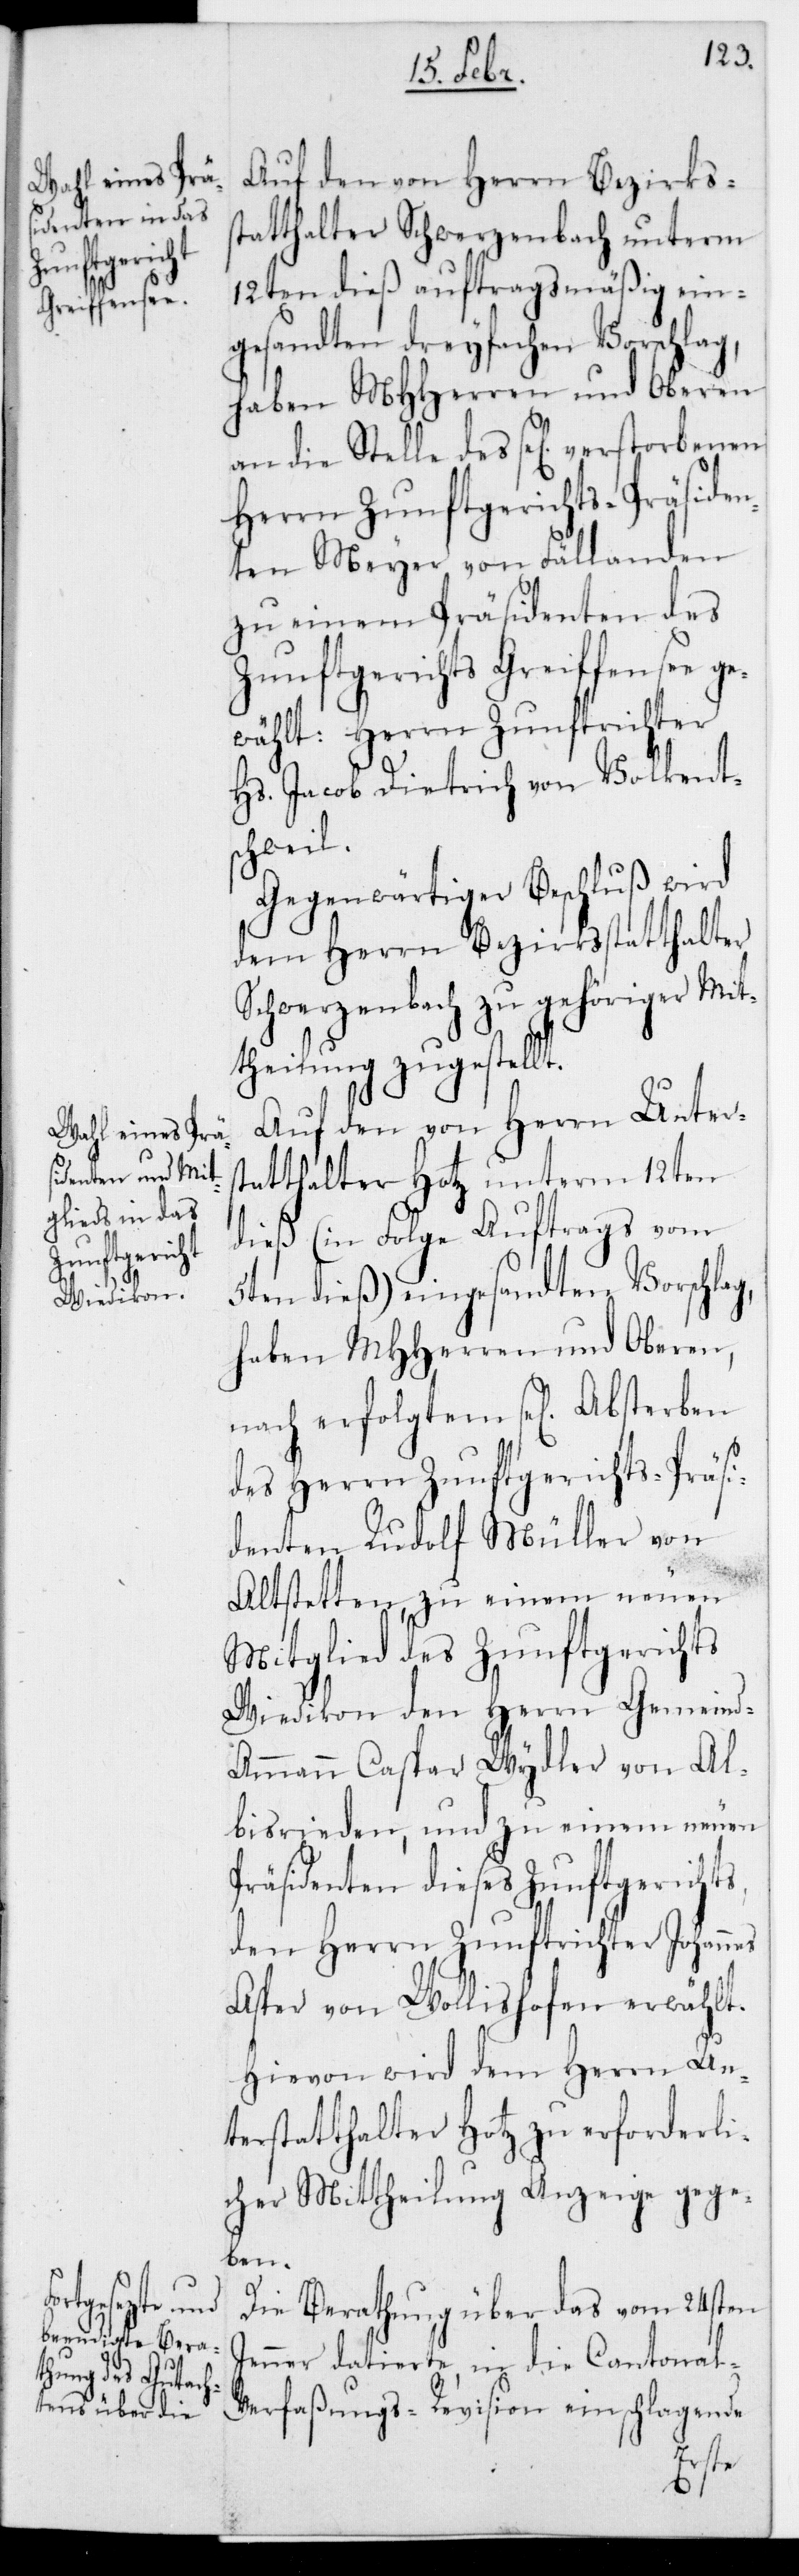
Absterben

Auf den von Herrn Bezirkss¬
tatthalter Schwerzenbach unterm
12ten dieß auftragsmäßig ein¬
gesandten dreyfachen Vorschlag,
haben MHHerren und Oberen
Herrn Zunftgerichts-Präsiden¬
ten Meyer von Fällanden
zu einem Präsidenten des
Zunftgerichts Greiffensee ge¬
wählt: Herrn Zunftrichter
Hs. Jacob Dietrich von Volkent¬
schweil.
Gegenwärtiger Beschluß wird
dem Herrn Bezirksstatthalter
Schwerzenbach zu gehöriger Mit¬
theilung zugestellt.
Auf den von Herrn Unters¬
tatthalter Hotz unterm 12ten
dieß (in Folge Auftrags vom
5ten dieß) eingesandten Vorschlag,
haben MHHerren und Oberen,
des Herrn Zunftgerichts-Präsi¬
denten Rudolf Müller von
Altstetten zu einem neuen
Mitglied des Zunftgerichts
Wiedikon den Herrn Gemeind¬
ammann Caspar Wydler von Al¬
bisrieden, und zu einem neuen
Präsidenten dieses Zunftgerichts,
den Herrn Zunftrichter Johannes
Asper von Wollishofen erwählt.
Hievon wird dem Herrn Un¬
terstatthalter Hotz zu erforderli¬
cher Mittheilung Anzeige gege¬
ben.
Die Berathung über das vom 24sten
Jenner datirte, in die Cantonal¬
verfaßungs-Revision einschlagende